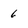
Character: 6